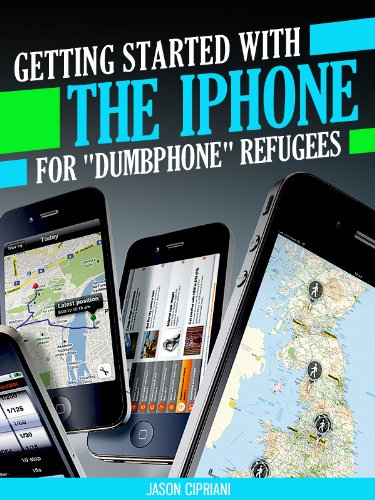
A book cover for Getting Started with the iPhone for "Dumbphone" Refugees: With information on iPhone features, functions, applications, ring tones and more. (Tech 101 Kindle Book Series); Jason Cipriani; Computers & Technology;